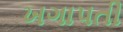
ખગાપતી